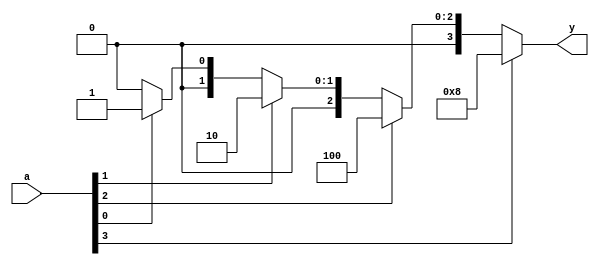
module task1_14(
    input [3:0] a,
    output reg [3:0] y
);

always @ (*)
    if(a[3]) y = 4'b1000;
    else if(a[2]) y = 4'b0100;
    else if(a[1]) y = 4'b0010;
    else if(a[0]) y = 4'b0001;
    else y = 4'b0000;
endmodule